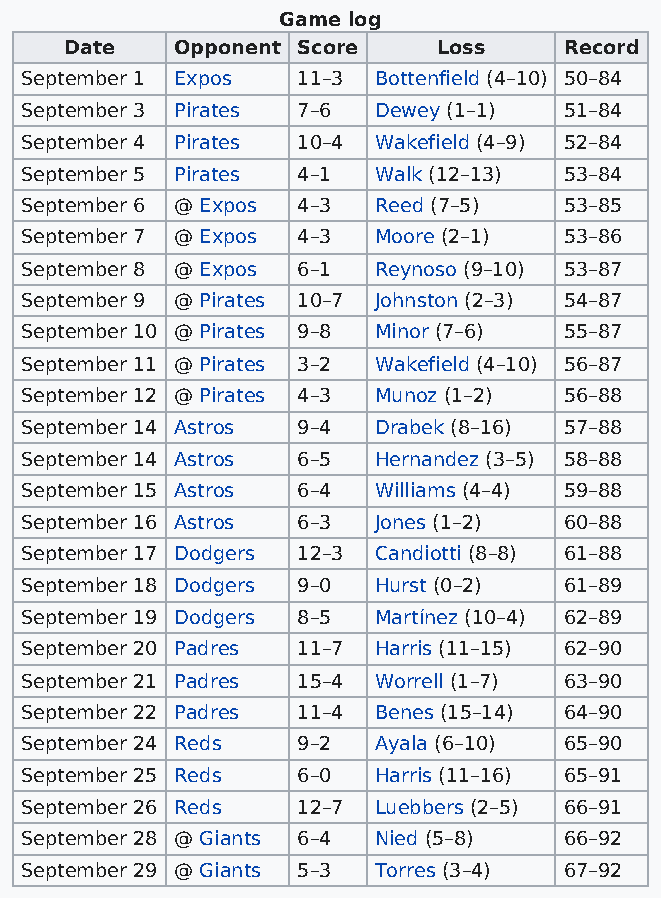
Game log
 Date    Opponent Score   Loss    Record
 September 1 Expos  11–3 Bottenfield (4–10) 50–84
 September 3 Pirates 7–6 Dewey (1–1) 51–84
 September 4 Pirates 10–4 Wakefield (4–9) 52–84
 September 5 Pirates 4–1 Walk (12–13) 53–84
 September 6 @ Expos 4–3 Reed (7–5)  53–85
 September 7 @ Expos 4–3 Moore (2–1) 53–86
 September 8 @ Expos 6–1 Reynoso (9–10) 53–87
 September 9 @ Pirates 10–7 Johnston (2–3) 54–87
 September 10 @ Pirates 9–8 Minor (7–6) 55–87
 September 11 @ Pirates 3–2 Wakefield (4–10) 56–87
 September 12 @ Pirates 4–3 Munoz (1–2) 56–88
 September 14 Astros 9–4 Drabek (8–16) 57–88
 September 14 Astros 6–5 Hernandez (3–5) 58–88
 September 15 Astros 6–4 Williams (4–4) 59–88
 September 16 Astros 6–3 Jones (1–2) 60–88
 September 17 Dodgers 12–3 Candiotti (8–8) 61–88
 September 18 Dodgers 9–0 Hurst (0–2) 61–89
 September 19 Dodgers 8–5 Martínez (10–4) 62–89
 September 20 Padres 11–7 Harris (11–15) 62–90
 September 21 Padres 15–4 Worrell (1–7) 63–90
 September 22 Padres 11–4 Benes (15–14) 64–90
 September 24 Reds  9–2  Ayala (6–10) 65–90
 September 25 Reds  6–0  Harris (11–16) 65–91
 September 26 Reds  12–7 Luebbers (2–5) 66–91
 September 28 @ Giants 6–4 Nied (5–8) 66–92
 September 29 @ Giants 5–3 Torres (3–4) 67–92